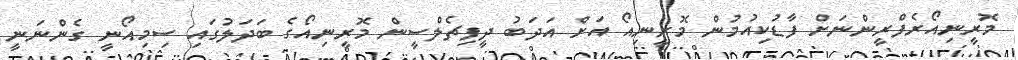
މޮރީނިއޯރެފްރީންނަށް ފާޑުކިއުމުން މޮރީނިއޯ އަށް އަދަބު ދީފިޗެލްސީން މޮރީނިއޯގެ ބަދަލުގައި ސިމިއޯނީ ގެންނަނީ